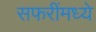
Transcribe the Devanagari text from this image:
सफरींमध्ये